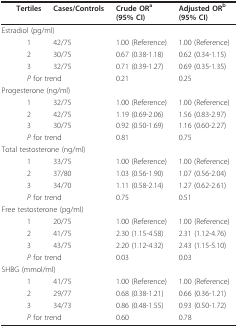
<table><thead><tr><td></td><td><b>Tertiles</b></td><td><b>Cases/Controls</b></td><td><b>Crude OR<sup>a </sup>(95% CI)</b></td><td><b>Adjusted OR<sup>b </sup>(95% CI)</b></td></tr></thead><tbody><tr><td colspan="5">Estradiol (pg/ml)</td></tr><tr><td></td><td>1</td><td>42/75</td><td>1.00 (Reference)</td><td>1.00 (Reference)</td></tr><tr><td></td><td>2</td><td>30/75</td><td>0.67 (0.38-1.18)</td><td>0.62 (0.34-1.15)</td></tr><tr><td></td><td>3</td><td>32/75</td><td>0.71 (0.39-1.27)</td><td>0.69 (0.35-1.35)</td></tr><tr><td></td><td colspan="2"><i>P </i>for trend</td><td>0.21</td><td>0.25</td></tr><tr><td colspan="5">Progesterone (ng/ml)</td></tr><tr><td></td><td>1</td><td>32/75</td><td>1.00 (Reference)</td><td>1.00 (Reference)</td></tr><tr><td></td><td>2</td><td>42/75</td><td>1.19 (0.69-2.06)</td><td>1.56 (0.83-2.97)</td></tr><tr><td></td><td>3</td><td>30/75</td><td>0.92 (0.50-1.69)</td><td>1.16 (0.60-2.27)</td></tr><tr><td></td><td colspan="2"><i>P </i>for trend</td><td>0.81</td><td>0.75</td></tr><tr><td colspan="5">Total testosterone (ng/ml)</td></tr><tr><td></td><td>1</td><td>33/75</td><td>1.00 (Reference)</td><td>1.00 (Reference)</td></tr><tr><td></td><td>2</td><td>37/80</td><td>1.03 (0.56-1.90)</td><td>1.07 (0.56-2.04)</td></tr><tr><td></td><td>3</td><td>34/70</td><td>1.11 (0.58-2.14)</td><td>1.27 (0.62-2.61)</td></tr><tr><td></td><td colspan="2"><i>P </i>for trend</td><td>0.75</td><td>0.51</td></tr><tr><td colspan="5">Free testosterone (pg/ml)</td></tr><tr><td></td><td>1</td><td>20/75</td><td>1.00 (Reference)</td><td>1.00 (Reference)</td></tr><tr><td></td><td>2</td><td>41/75</td><td>2.30 (1.15-4.58)</td><td>2.31 (1.12-4.76)</td></tr><tr><td></td><td>3</td><td>43/75</td><td>2.20 (1.12-4.32)</td><td>2.43 (1.15-5.10)</td></tr><tr><td></td><td colspan="2"><i>P </i>for trend</td><td>0.03</td><td>0.03</td></tr><tr><td colspan="5">SHBG (mmol/ml)</td></tr><tr><td></td><td>1</td><td>41/75</td><td>1.00 (Reference)</td><td>1.00 (Reference)</td></tr><tr><td></td><td>2</td><td>29/77</td><td>0.68 (0.38-1.21)</td><td>0.66 (0.36-1.21)</td></tr><tr><td></td><td>3</td><td>34/73</td><td>0.86 (0.48-1.55)</td><td>0.93 (0.50-1.72)</td></tr><tr><td></td><td colspan="2"><i>P </i>for trend</td><td>0.60</td><td>0.78</td></tr></tbody></table>